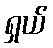
ရှယ်